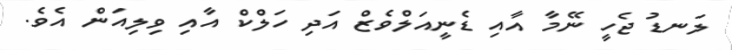
ލަނޑު ޖެހީ ނޭމާ އާއި ޑެނީއަލްވެޒް އަދި ހަލްކް އާއި ވިލިއަން އެވެ.